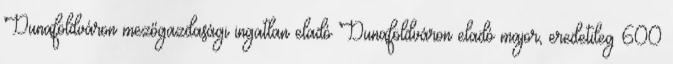
Dunaföldváron mezőgazdasági ingatlan eladó Dunaföldváron eladó major, eredetileg 600